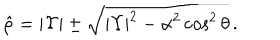
\hat { \rho } = | \Upsilon | \pm \sqrt { | \Upsilon | ^ { 2 } - \alpha ^ { 2 } \cos ^ { 2 } \theta } \, .